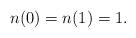
LaTeX: \begin{align*}n(0)=n(1)=1.\end{align*}